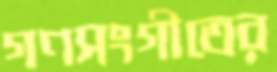
গণসংগীতের